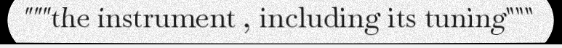
"""the instrument , including its tuning"""